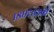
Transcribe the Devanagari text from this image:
१८९७३३बी